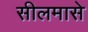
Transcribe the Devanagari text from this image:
सीलमासे